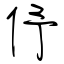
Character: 伃